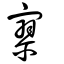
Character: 寥